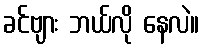
ခင်ဗျား ဘယ်လို နေလဲ။